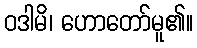
ဝဒါမိ၊ ဟောတော်မူ၏။